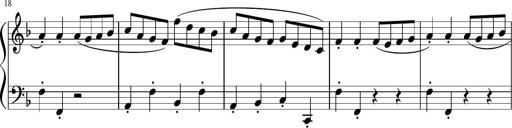
Title: 12 Keyboard Sonatinas
Composer: James Hook